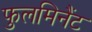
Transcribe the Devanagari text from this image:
फुलमिनैंट